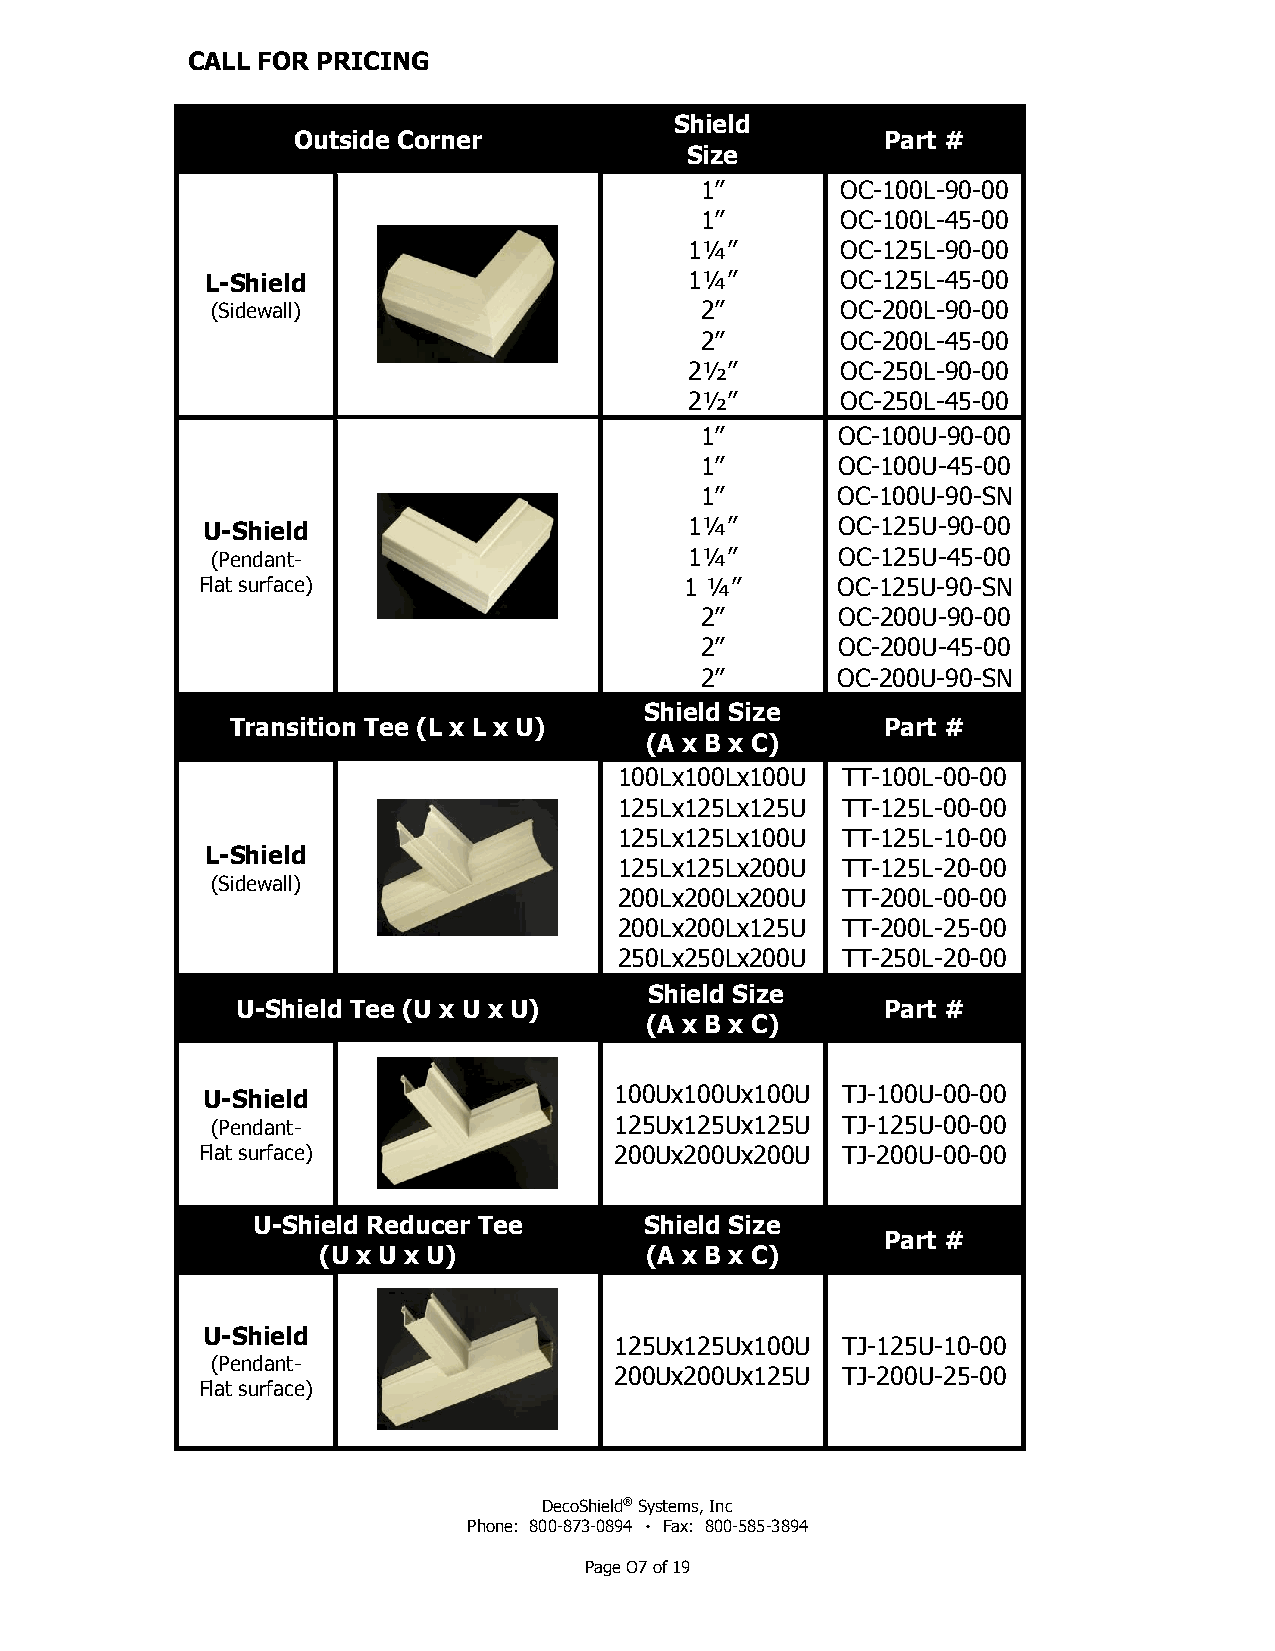
CALL FOR PRICING
 Shield
 Outside Corner                          Part #
 Size
 1”        OC-100L-90-00
 1”        OC-100L-45-00
 1¼”       OC-125L-90-00
 L-Shield                        1¼”       OC-125L-45-00
 (Sidewall)                      2”        OC-200L-90-00
 2”        OC-200L-45-00
 2½”       OC-250L-90-00
 2½”       OC-250L-45-00
 1”        OC-100U-90-00
 1”        OC-100U-45-00
 1”       OC-100U-90-SN
 U-Shield                         1¼”       OC-125U-90-00
 (Pendant-                       1¼”       OC-125U-45-00
 Flat surface)                   1 ¼”      OC-125U-90-SN
 2”        OC-200U-90-00
 2”        OC-200U-45-00
 2”       OC-200U-90-SN
 Shield Size
 Transition Tee (L x L x U)                  Part #
 (A x B x C)
 100Lx100Lx100U TT-100L-00-00
 125Lx125Lx125U TT-125L-00-00
 125Lx125Lx100U TT-125L-10-00
 L-Shield
 125Lx125Lx200U TT-125L-20-00
 (Sidewall)
 200Lx200Lx200U TT-200L-00-00
 200Lx200Lx125U TT-200L-25-00
 250Lx250Lx200U TT-250L-20-00
 Shield Size
 U-Shield Tee (U x U x U)                   Part #
 (A x B x C)
 U-Shield                    100Ux100Ux100U TJ-100U-00-00
 (Pendant-                  125Ux125Ux125U TJ-125U-00-00
 Flat surface)               200Ux200Ux200U TJ-200U-00-00
 U-Shield Reducer Tee      Shield Size
 Part #
 (U x U x U)           (A x B x C)
 U-Shield
 125Ux125Ux100U TJ-125U-10-00
 (Pendant-
 200Ux200Ux125U TJ-200U-25-00
 Flat surface)
 DecoShield® Systems, Inc
 Phone: 800-873-0894 ٠ Fax: 800-585-3894
 Page O7 of 19